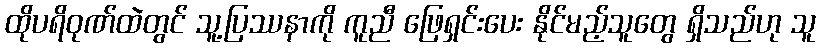
ထိုပရိဝုဏ်ထဲတွင် သူ့ပြဿနာကို ကူညီ ဖြေရှင်းပေး နိုင်မည့်သူတွေ ရှိသည်ဟု သူ